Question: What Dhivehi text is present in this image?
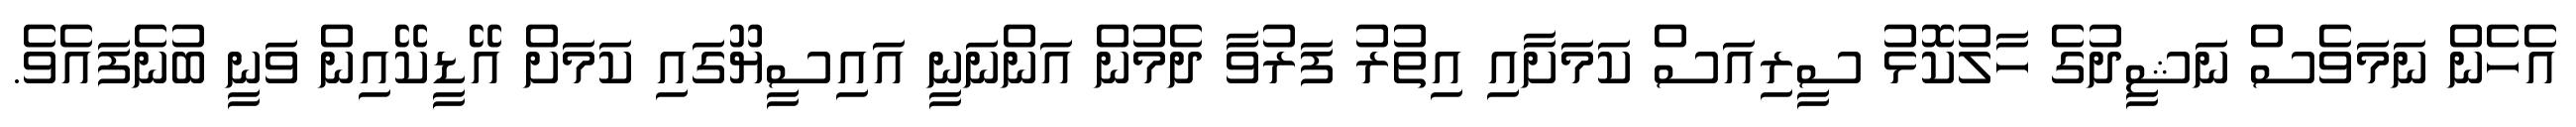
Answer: އެހެން ނަމަވެސް ނަޝީދުގެ ހާލުކޮޅު ސީރިއަސް ކަމަށާއި އިތުރު ފަރުވާ ދެމުން އަންނަނީ އައިސީޔޫގައި ކަމަށް އޭޑީކޭއިން ވަނީ ބުނެފައެވެ.